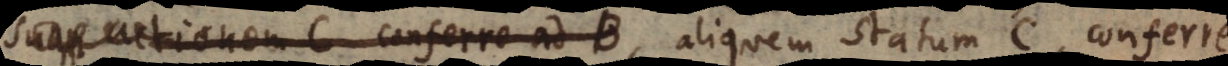
suam actionem C conferre ad B, aliquem statum C, conferre